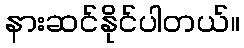
နားဆင်နိုင်ပါတယ်။